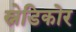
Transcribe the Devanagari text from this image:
स्नेडिकोर